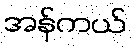
အန်ကယ်